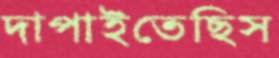
দাপাইতেছিস